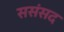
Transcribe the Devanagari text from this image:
ससंसद